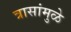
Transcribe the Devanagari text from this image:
त्रासांमुळे